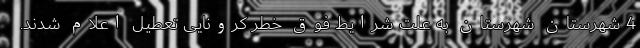
4 شهرستان شهرستان به علت شرایط فوق خطر کرونایی تعطیل اعلام شدند.